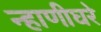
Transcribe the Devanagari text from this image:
न्हाणीघरे